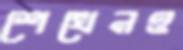
শেখেনও